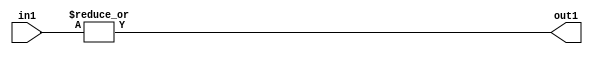
`timescale 1ps / 1ps
/*****************************************************************************
    Verilog RTL Description
    
    
    Created by: Stratus DpOpt 2019.1.01 
*******************************************************************************/

module GaussFilter_OrReduction_4U_1U_1 (
	in1,
	out1
	); /* architecture "behavioural" */ 
input [3:0] in1;
output  out1;
wire  asc001;

assign asc001 = 
	(|in1);

assign out1 = asc001;
endmodule

/* CADENCE  urfxTgE= : u9/ySgnWtBlWxVPRXgAZ4Og= ** DO NOT EDIT THIS LINE ******/